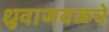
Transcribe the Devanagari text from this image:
ध्रुवाजवळचे